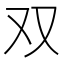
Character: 双